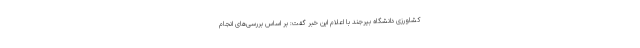
کشاورزی دانشگاه بیرجند با اعلام این خبر گفت: بر اساس بررسی‌های انجام